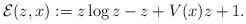
LaTeX: \begin{align*}\mathcal{E}(z,x):=z\log z-z+V(x)z+1.\end{align*}